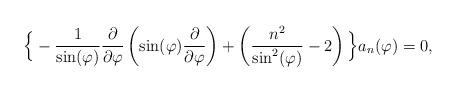
LaTeX: \begin{align*}\Big\{-\frac{1}{\sin(\varphi)}\frac{\partial}{\partial \varphi}\left(\sin(\varphi)\frac{\partial}{\partial \varphi}\right)+\left(\frac{n^2}{\sin^2(\varphi)}-2\right)\Big\}a_n(\varphi)=0,\end{align*}